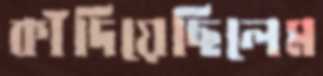
কাঁদিয়েছিলেম